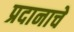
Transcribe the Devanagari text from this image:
प्रदानाचे